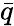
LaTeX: \bar{q}